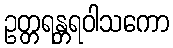
ဥတ္တရန္တရဝါသကော